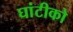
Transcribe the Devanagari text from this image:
घांटीको